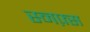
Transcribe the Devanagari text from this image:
स्नफ़्स